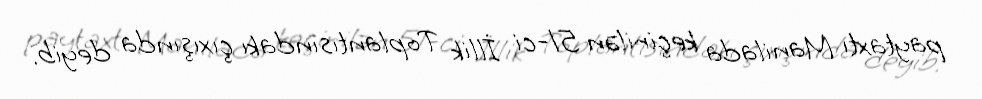
paytaxtı Manilada keçirilən 51-ci İllik Toplantısındakı çıxışında deyib.